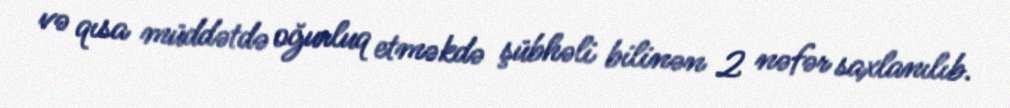
və qısa müddətdə oğurluq etməkdə şübhəli bilinən 2 nəfər saxlanılıb.